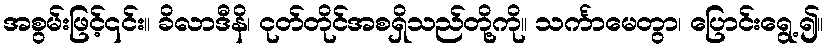
အစွမ်းဖြင့်၎င်း။ ခိလာဒီနိ၊ ငုတ်တိုင်အစရှိသည်တို့ကို။ သင်္ကာမေတွာ၊ ပြောင်းရွေ့၍။